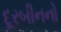
દૂરબીનનો